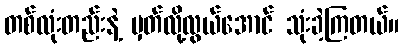
တစ်လုံးတည်းနဲ့ မှတ်လို့လွယ်အောင် သုံးခဲ့ကြတယ်။